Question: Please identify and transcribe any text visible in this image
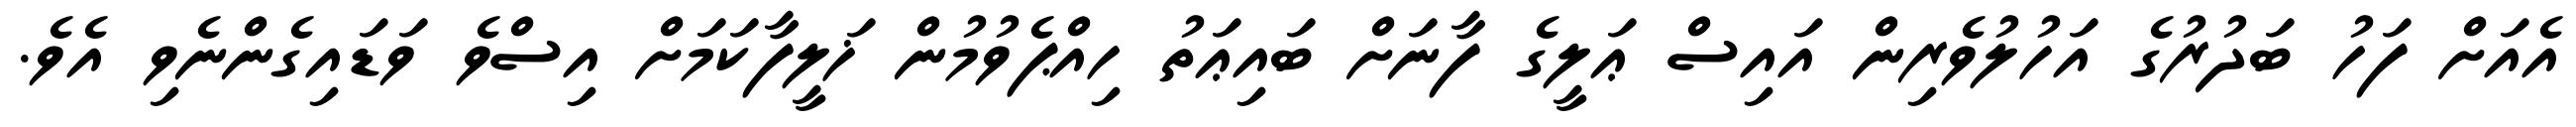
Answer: އެއަށް ފަހު ބަދުރުގެ އަހުލުވެރިން އައިސް ޢަލީގެ ފާނަށް ބައިޢަތު ހިއްޕެވުމުން ޚަލީފާކަމަށް އިސްވެ ވަޑައިގެންނެވި އެވެ.